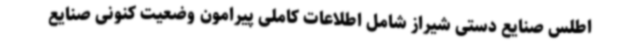
اطلس صنایع دستی شیراز شامل اطلاعات کاملی پیرامون وضعیت کنونی صنایع